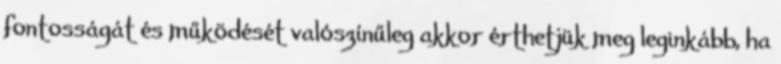
fontosságát és működését valószínűleg akkor érthetjük meg leginkább, ha